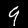
Label: 9